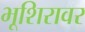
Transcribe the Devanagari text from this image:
भूशिरावर